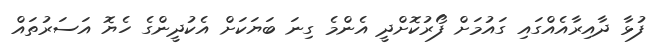
ފުޅާ ދާއިރާއެއްގައި ގައުމަށް ފޯރުކޮށްދީ އެންމެ ގިނަ ބަޔަކަށް އެކުދީންގެ ހެޔޮ އަސަރުތައް